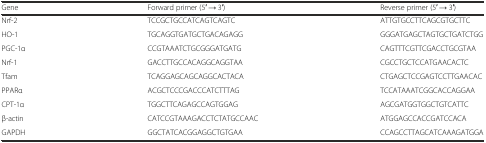
<table><thead><tr><td><b>Gene</b></td><td><b>Forward primer (5′ → 3′)</b></td><td><b>Reverse primer (5′ → 3′)</b></td></tr></thead><tbody><tr><td>Nrf-2</td><td>TCCGCTGCCATCAGTCAGTC</td><td>ATTGTGCCTTCAGCGTGCTTC</td></tr><tr><td>HO-1</td><td>TGCAGGTGATGCTGACAGAGG</td><td>GGGATGAGCTAGTGCTGATCTGG</td></tr><tr><td>PGC-1α</td><td>CCGTAAATCTGCGGGATGATG</td><td>CAGTTTCGTTCGACCTGCGTAA</td></tr><tr><td>Nrf-1</td><td>GACCTTGCCACAGGCAGGTAA</td><td>CGCCTGCTCCATGAACACTC</td></tr><tr><td>Tfam</td><td>TCAGGAGCAGCAGGCACTACA</td><td>CTGAGCTCCGAGTCCTTGAACAC</td></tr><tr><td>PPARα</td><td>ACGCTCCCGACCCATCTTTAG</td><td>TCCATAAATCGGCACCAGGAA</td></tr><tr><td>CPT-1α</td><td>TGGCTTCAGAGCCAGTGGAG</td><td>AGCGATGGTGGCTGTCATTC</td></tr><tr><td>β-actin</td><td>CATCCGTAAAGACCTCTATGCCAAC</td><td>ATGGAGCCACCGATCCACA</td></tr><tr><td>GAPDH</td><td>GGCTATCACGGAGGCTGTGAA</td><td>CCAGCCTTAGCATCAAAGATGGA</td></tr></tbody></table>